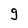
Character: g